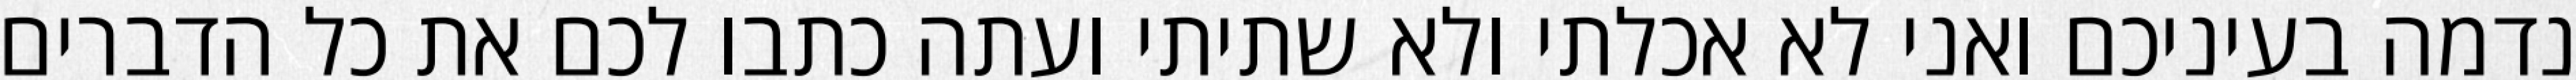
נדמה בעיניכם ואני לא אכלתי ולא שתיתי ועתה כתבו לכם את כל הדברים